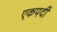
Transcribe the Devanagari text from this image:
एकपदीं